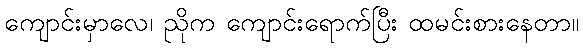
ကျောင်းမှာလေ၊ ညိုက ကျောင်းရောက်ပြီး ထမင်းစားနေတာ။